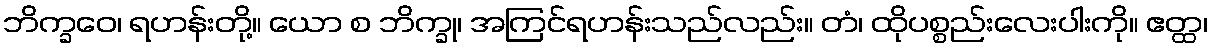
ဘိက္ခဝေ၊ ရဟန်းတို့။ ယော စ ဘိက္ခု၊ အကြင်ရဟန်းသည်လည်း။ တံ၊ ထိုပစ္စည်းလေးပါးကို။ ဧတ္ထ၊